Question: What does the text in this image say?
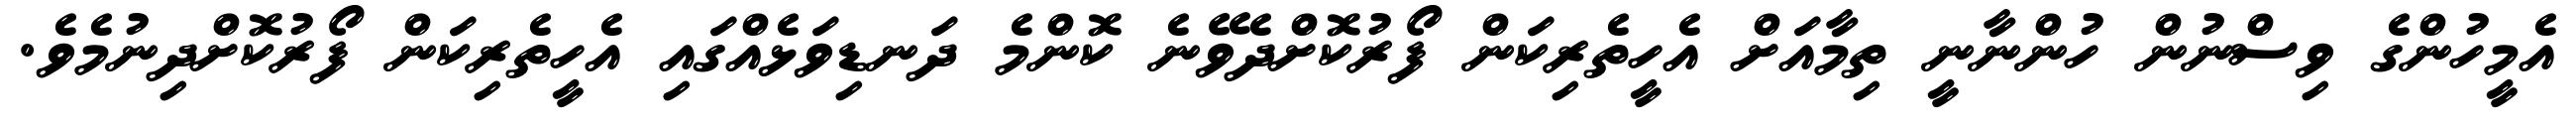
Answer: އެމީހުންގެ ވިސްނުން ހުންނާނީ ތިމާއަށް އެހީތެރިކަން ފޯރުކޮށްދެވޭނެ ކޮންމެ ދަނޑިވަޅެއްގައި އެހީތެރިކަން ފޯރުކޮށްދިނުމެވެ.